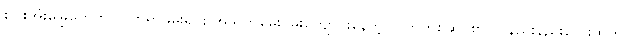
စပါးအုံးမြွေတွေကို လိုက်ရှာဖမ်းရင်း အသက်မွေးဝမ်းကျောင်းနေတဲ့ လက်တစ်ဆုပ်စာ လူနည်းနည်းလေးထဲက